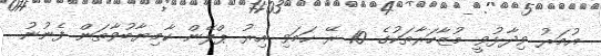
އުމަރު ވިދާޅުވީ މުޒާހަރާތަކުގެ 10 ރޭ ހަމަވި އިރު ޕްލޭން ކާމިޔާބުވާތަން ފެނުނު